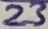
Text: 23